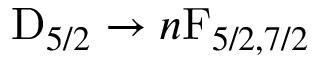
\mathrm { D } _ { 5 / 2 } \to n \mathrm { F } _ { 5 / 2 , 7 / 2 }